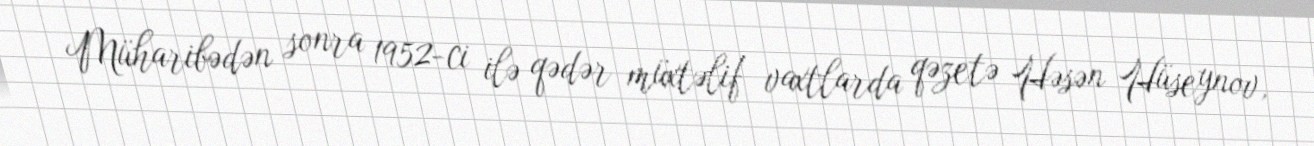
Müharibədən sonra 1952-ci ilə qədər müxtəlif vaxtlarda qəzetə Həsən Hüseynov,